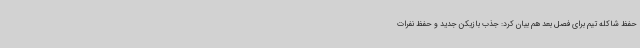
حفظ شاکله تیم برای فصل بعد هم بیان کرد:‌ جذب بازیکن جدید و حفظ نفرات